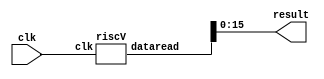
module toplayer(clk,result);
input clk;
output reg [15:0]result;
wire [31:0] dataout; 
riscV tp01(.clk(clk),.dataread(dataout));
always@(*) 
	result <= dataout[15:0];
endmodule

//RISC V layer
module riscV(clk,Alures,instruction,rslt,dataread);
input clk;
output [31:0] Alures, instruction ,dataread;
output reg[31:0] rslt;
wire zero,alusrc,regwrite,PCsrc,memwrite;
wire [1:0] Resultsrc,immsrc;
wire [2:0] ALUcontrol;
wire [31:0] Instrc,Dataaddr,Writedata,PC,Readdata,PCnext,SrcA,SrcB,RD2,Immextr,ALUresult,PCPlus1,Result,PCtarget;

//control path
controller r01(PCsrc,Resultsrc,ALUcontrol,memwrite,alusrc,regwrite,immsrc,Instrc,zero);

//datapath
PCCounter m01(clk,PCnext,PC);
PCadder m02(PC,PCPlus1);
MUX1 m03(PCPlus1,PCtarget,PCsrc,PCnext);
add m08(PC,Immextr,PCtarget);
Registerfile m04(clk,regwrite,Instrc[19:15],Instrc[24:20],Instrc[11:7],Result,SrcA,RD2);
immext m05(Instrc[31:7],immsrc,Immextr);
MUX1 m06(RD2,Immextr,alusrc,SrcB);
ALU m07(ALUresult,zero,SrcA,SrcB,ALUcontrol);

instructionmemory r04(PC,Instrc);

DataMemory r03(clk,Readdata,RD2,ALUresult,memwrite);

MUX2 m09(ALUresult,Readdata,PCPlus1,Resultsrc,Result);

assign instruction = Instrc;
assign Dataaddr = ALUresult;
assign Alures=Dataaddr;
assign dataread=Readdata;

always@(*) 
	begin 
		rslt <= Result;
	end
endmodule


//control path
module controller(PCsrc,Resultsrc,ALUcontrol,memwrite,alusrc,regwrite,immsrc,Instrc,zero);
input zero;
input [31:0] Instrc;
output alusrc,regwrite,PCsrc,memwrite;
output [1:0] Resultsrc;
output [1:0] immsrc;
output [2:0] ALUcontrol;
wire [1:0]aluop;
wire jump,branch,beq1;

maindec c01(Instrc[6:0],Resultsrc,memwrite,branch,alusrc,regwrite,jump,aluop,immsrc);
ALUDec c02(ALUcontrol,aluop,Instrc[14:12],Instrc[29],Instrc[4]);

and a1(beq1,zero,branch);
or o1(PCsrc,beq1,jump);

endmodule


//control path-main decoder
module maindec(op,Resultsrc, memwrite,branch, alusrc,regwrite,jump,aluop,immsrc);
input [6:0] op;
output [1:0]Resultsrc;
output memwrite,branch, alusrc, jump,regwrite;
output [1:0]aluop;
output [1:0]immsrc;
reg [10:0] controls;
assign {regwrite, immsrc, alusrc, branch, memwrite,Resultsrc, jump, aluop}= controls;
always @(*)
	case(op)
		// RegWrite_ImmSrc_ALUsrc_Branch_MemWrite_ResultSrc_Jump_Aluop
		7'b0110011: controls <= 11'b1_xx_0_0_0_00_0_10; // R-type data
		7'b0010011: controls <= 11'b1_00_1_0_0_00_0_11; // I-type data
		7'b0000011: controls <= 11'b1_00_1_0_0_01_0_00; // Load word(lw)
		7'b0100011: controls <= 11'b0_01_1_0_1_xx_0_00; // Store word(sw)
		7'b1100011: controls <= 11'b0_10_0_1_0_xx_0_01; // Branch and equal(beq)
		7'b1101111: controls <= 11'b1_11_0_0_0_10_1_00; // J type (jal)
		default: controls <= 11'bxxxxxxxxxxx; // ???
	endcase
endmodule


//control path-ALU decoder
module ALUDec(ALUcontrol,Aluop,funct3,funct7b5,op5);
input [2:0]funct3;
input funct7b5,op5;
input [1:0]Aluop;
output reg [2:0]ALUcontrol;
always @(*)
	begin
		case (Aluop)
			2'b00 : ALUcontrol <= 3'b000; //add (lw & sw)
			2'b01 : ALUcontrol <= 3'b001; //sub (beq)
			2'b10 : case(funct3) // R-type
						3'b000: begin 
									if({op5,funct7b5}== 2'b11) ALUcontrol <= 3'b001; //sub
									else ALUcontrol <= 3'b000; //add
								end 
						3'b111: ALUcontrol <= 3'b010; //and
						3'b110: ALUcontrol <= 3'b011; //or
						3'b100: ALUcontrol <= 3'b100; //xor

					endcase
			2'b11 : case(funct3) //I-type
						3'b000: ALUcontrol <= 3'b000; //addi
						3'b110: ALUcontrol <= 3'b011; //ori
						3'b111: ALUcontrol <= 3'b010; //andi
					endcase
			default: ALUcontrol <= 3'bxxx;
		endcase
	end 
endmodule


//Program Counter
module PCCounter (clk,PC1,PC);
input clk;
input [31:0]PC1;
output reg [31:0]PC;
always@(posedge clk)
	begin
		PC <= PC1;
	end
initial 
begin PC=32'b0; 
end
endmodule


//Program Counter adder
module PCadder (PC,PCPlus1);
input [31:0]PC;
output [31:0]PCPlus1;
assign PCPlus1 = PC + 1;
endmodule


//1 bit multiplexer
module MUX1 (a,b,s,out);
input [31:0]a;
input [31:0]b;
input s;
output reg [31:0]out;
always @(*)
	begin 
		case(s)
			1'b0: out=a;
			1'b1: out=b;
			default out=a;
		endcase
	end
endmodule


//adder
module add (A1,A2,Y);
input [31:0]A1;
input [31:0]A2;
output [31:0]Y;
assign Y = A1 + A2;
endmodule


//Register File
module Registerfile(clk,RegWrite,R1,R2,W1,WD1,RD1,RD2);
input clk,RegWrite;
input [4:0] R1;
input [4:0] R2;
input [4:0] W1;
input [31:0] WD1;
output [31:0] RD1;
output [31:0] RD2;
reg [31:0] Register [31:0];
initial
	begin
		Register[0] = 32'h00000000;
		Register[1] = 32'h00000000;
		Register[2] = 32'h00000000;
		Register[3] = 32'h00000000;
		Register[4] = 32'h00000000;
		Register[5] = 32'h00000000;
		Register[6] = 32'h00000000;
		Register[7] = 32'h00000000;
		Register[8] = 32'h00000000;
		Register[9] = 32'h00000000;
		Register[17] = 32'h00000001;
	end
always @(posedge clk)
	begin
		if(RegWrite)
			Register[W1] <= WD1;
	end
assign RD1 = (R1 != 0) ? Register[R1] : 0;
assign RD2 = (R2 != 0) ? Register[R2] : 0;
endmodule


//Immediate extend
module immext(instr,immsrc,extimm);
input [31:7] instr;
input [1:0]immsrc;
output reg [31:0]extimm;
always @(*)
	begin
		case(immsrc)
			// I-type (Data processing with immediate and loads)
			2'b00: extimm = {{20{instr[31]}}, instr[31:20]};
			// S-type (Stores)
			2'b01: extimm = {{20{instr[31]}}, instr[31:25] , instr[11:7]};
			// B-type (Branches)
			2'b10: extimm = {{20{instr[31]}}, instr[7] , instr[30:25], instr[11:8] , 1'b0};
			// U-type (Jumps)
			2'b11: extimm = {{12{instr[31]}}, instr[19:12] , instr[20] , instr[30:21], 1'b0};
			default: extimm = 32'bx; // undefined
		endcase
	end
endmodule


//Arithmetic Logic Unit(ALU)
module ALU(aluresult,zero,SrcA,SrcB,ALUcontrol);
input [31:0]SrcA;
input [31:0]SrcB;
input [2:0]ALUcontrol;
output reg [31:0]aluresult;
output reg zero;
always @(*)
	begin
		case(ALUcontrol)
			3'b000 : aluresult = SrcA + SrcB; //add
			3'b001 : aluresult = SrcA - SrcB; //sub
			3'b010 : aluresult = SrcA & SrcB; //and
			3'b011 : aluresult = SrcA | SrcB; //or
			3'b100 : aluresult = SrcA ^ SrcB; //xor
			default : aluresult = 32'bx;
		endcase
		
		if(aluresult == 0)
			zero=1;
		else
			zero=0;
	end
endmodule


//Instruction memory
module instructionmemory(address, RD);
input [31:0]address;
output [31:0] RD;
reg [31:0] mem1[511:0];

//Implementing Fibonacci series
initial
	begin
		mem1[0] = 32'h0;
		mem1[1] = 32'h00000113; //addi x2 0(x0)
		mem1[2] = 32'h00400093; //addi x1 4(x0)
		mem1[3] = 32'h00100193; //addi x3 1(x0)
		mem1[4] = 32'hFE20AF23; //sw x2 -2(x1)
		mem1[5] = 32'hFE30AFA3; //sw x3 -1(x1)
		mem1[6] = 32'h00310233; //add x4 x2 x3
		mem1[7] = 32'h0040A023; //sw x4 0 (x1)
		mem1[8] = 32'h00108093; //addi x1 1 (x1) 
		mem1[9] = 32'h00018113; //addi x2 0 (x3)
		mem1[10] = 32'h00020193; //addi x3 0 (x4)
		mem1[11] = 32'h00310233; //add x4 x2 x3
		mem1[12] = 32'h0040A023; //sw x4 0 (x1)
		mem1[13] = 32'h00108093; //addi x1 1 (x1) 
		mem1[14] = 32'h00018113; //addi x2 0 (x3)
		mem1[15] = 32'h00020193; //addi x3 0 (x4)
		mem1[16] = 32'h00310233; //add x4 x2 (x3)
		mem1[17] = 32'h0040A023; //sw x4 0(x1)
		mem1[18] = 32'h00108093; //addi x1 1 x1 
		mem1[19] = 32'h00018113; //addi x2 0 x3
		mem1[20] = 32'h00020193; //addi x3 0 x4
		mem1[21] = 32'h00310233; //add x4 x2 x3
		mem1[22] = 32'h0040A023; //sw x4 0 x1
		mem1[23] = 32'h00108093; //addi x1 1 x1 
		mem1[24] = 32'h00018113; //addi x2 0 x3
		mem1[25] = 32'h00020193; //addi x3 0 x4
		mem1[26] = 32'h00310233; //add x4 x2 x3
		mem1[27] = 32'h0040A023; //sw x4 0 x1
		mem1[28] = 32'h00108093; //addi x1 1 x1 
		mem1[29] = 32'h00018113; //addi x2 0 x3
		mem1[30] = 32'h00020193; //addi x3 0 x4
		mem1[31] = 32'h00310233; //add x4 x2 x3
		mem1[32] = 32'h0040A023; //sw x4 0 x1
		mem1[33] = 32'h00108093; //addi x1 1 x1 
		mem1[34] = 32'h00018113; //addi x2 0 x3
		mem1[35] = 32'h00020193; //addi x3 0 x4
		mem1[36] = 32'h00310233; //add x4 x2 x3
		mem1[37] = 32'h0040A023; //sw x4 0 x1
		mem1[38] = 32'h00108093; //addi x1 1 x1 
		mem1[39] = 32'h00018113; //addi x2 0 x3
		mem1[40] = 32'h00020193; //addi x3 0 x4
		mem1[41] = 32'h00310233; //add x4 x2 x3
		mem1[42] = 32'h0040A023; //sw x4 0 x1
		mem1[43] = 32'h00108093; //addi x1 1 x1 
		mem1[44] = 32'h00018113; //addi x2 0 x3
		mem1[45] = 32'h00020193; //addi x3 0 x4
		mem1[46] = 32'h00310233; //add x4 x2 x3
		mem1[47] = 32'h0040A023; //sw x4 0 x1
		mem1[48] = 32'h00108093; //addi x1 1 x1 
		mem1[49] = 32'h00018113; //addi x2 0 x3
		mem1[50] = 32'h00020193; //addi x3 0 x4
		mem1[51] = 32'h00310233; //add x4 x2 x3
		mem1[52] = 32'h0040A023; //sw x4 0 x1
		mem1[53] = 32'h00108093; //addi x1 1 x1 
		mem1[54] = 32'h00018113; //addi x2 0 x3
		mem1[55] = 32'h00020193; //addi x3 0 x4
		mem1[56] = 32'h00310233; //add x4 x2 x3
		mem1[57] = 32'h0040A023; //sw x4 0 x1
		mem1[58] = 32'h00108093; //addi x1 1 x1 
		mem1[59] = 32'h00018113; //addi x2 0 x3
		mem1[60] = 32'h00020193; //addi x3 0 x4

		mem1[61] = 32'h00310233; //add x4 x2 x3
		mem1[62] = 32'h0040A023; //sw x4 0 x1
		mem1[63] = 32'h00108093; //addi x1 1 x1 
		mem1[64] = 32'h00018113; //addi x2 0 x3
		mem1[65] = 32'h00020193; //addi x3 0 x4
		mem1[66] = 32'h00310233; //add x4 x2 x3
		mem1[67] = 32'h0040A023; //sw x4 0 x1
		mem1[68] = 32'h00108093; //addi x1 1 x1 
		mem1[69] = 32'h00018113; //addi x2 0 x3
		mem1[70] = 32'h00020193; //addi x3 0 x4
		mem1[71] = 32'h00310233; //add x4 x2 x3
		mem1[72] = 32'h0040A023; //sw x4 0 x1
		mem1[73] = 32'h00108093; //addi x1 1 x1 
		mem1[74] = 32'h00018113; //addi x2 0 x3
		mem1[75] = 32'h00020193; //addi x3 0 x4
		mem1[76] = 32'h00310233; //add x4 x2 x3
		mem1[77] = 32'h0040A023; //sw x4 0 x1
		mem1[78] = 32'h00108093; //addi x1 1 x1 
		mem1[79] = 32'h00018113; //addi x2 0 x3
		mem1[80] = 32'h00020193; //addi x3 0 x4
		mem1[81] = 32'h00310233; //add x4 x2 x3
		mem1[82] = 32'h0040A023; //sw x4 0 x1
		mem1[83] = 32'h00108093; //addi x1 1 x1 
		mem1[84] = 32'h00018113; //addi x2 0 x3
		mem1[85] = 32'h00020193; //addi x3 0 x4

		mem1[86] = 32'h00008093; //addi x1 0 x1

		//loading
		mem1[87] = 32'h00202303; //lw x7 2( x0)
		mem1[88] = 32'h00302303; //lw x7 3( x0)
		mem1[89] = 32'hFF00A483; //lw x7 -16( x1)
		mem1[90] = 32'hFF10A483; //lw x7 -15( x1)
		mem1[91] = 32'hFF20A483; //lw x7 -14( x1)
		mem1[92] = 32'hFF30A483; //lw x7 -13( x1)
		mem1[93] = 32'hFF40A483; //lw x7 -12( x1)
		mem1[94] = 32'hFF50A483; //lw x7 -11( x1)
		mem1[95] = 32'hFF60A483; //lw x7 -10( x1)
		mem1[96] = 32'hFF70A483; //lw x7 -9( x1)
		mem1[97] = 32'hFF80A483; //lw x7 -8( x1)
		mem1[98] = 32'hFF90A483; //lw x7 -7( x1)
		mem1[99] = 32'hFFA0A483; //lw x7 -6( x1)
		mem1[100] = 32'hFFB0A483; //lw x7 -5( x1)
		mem1[101] = 32'hFFC0A483; //lw x7 -4( x1)
		mem1[102] = 32'hFFD0A483; //lw x7 -3( x1)
		mem1[103] = 32'hFFE0A483; //lw x7 -2( x1)
		mem1[104] = 32'hFFF0A483; //lw x7 -1( x1)

		mem1[105] = 32'hFE4187E3; //beq x3 x4 mem1[87]

	end
assign RD = mem1[address];
endmodule


//Data Memory
module DataMemory(clk,RD,WD,address,MemWrite);
input clk, MemWrite;
input [31:0] address;
input [31:0] WD;
output [31:0] RD;
reg [31:0] mem1[511:0];

//We are using only seven registers in this case.
initial
	begin
		mem1[0] = 32'h00000000;
		mem1[1] = 32'h00000000;
		mem1[2] = 32'h00000000;
		mem1[3] = 32'h00000000;
		mem1[4] = 32'h00000000;
		mem1[5] = 32'h00000000;
		mem1[6] = 32'h00000000;
		mem1[7] = 32'h00000000;
	end
	
always @(negedge clk)
	begin
		if(MemWrite)
			mem1[address] <= WD;
	end
assign RD = mem1[address];
endmodule


//2 bit multiplexer
module MUX2 (a,b,c,s,out);
input [31:0]a;
input [31:0]b;
input [31:0]c;
input [1:0]s;
output reg [31:0]out;
always @(*)
	begin
		case(s)
			2'b00: out=a;
			2'b01: out=b;
			2'b10: out=c;
			default: out=a;
		endcase
	end
endmodule